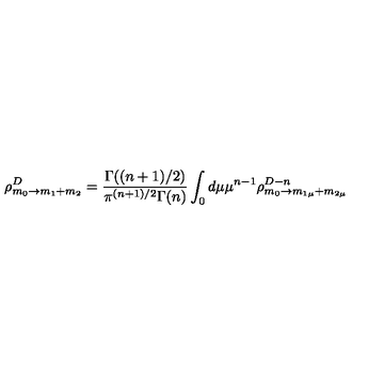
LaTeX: \rho _ { m _ { 0 } \rightarrow m _ { 1 } + m _ { 2 } } ^ { D } = \frac { \Gamma ( ( n + 1 ) / 2 ) } { \pi ^ { ( n + 1 ) / 2 } \Gamma ( n ) } \int _ { 0 } d \mu \mu ^ { n - 1 } \rho _ { m _ { 0 } \rightarrow m _ { 1 \mu } + m _ { 2 \mu } } ^ { D - n }